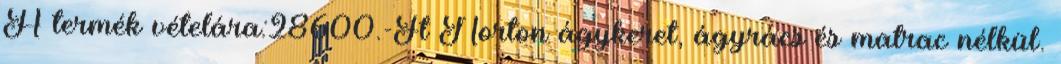
A termék vételára:28600.-Ft Norton ágykeret, ágyrács és matrac nélkül.